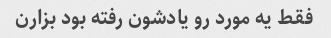
فقط یه مورد رو یادشون رفته بود بزارن